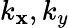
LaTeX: k_{\mathbf{x}},k_{y}